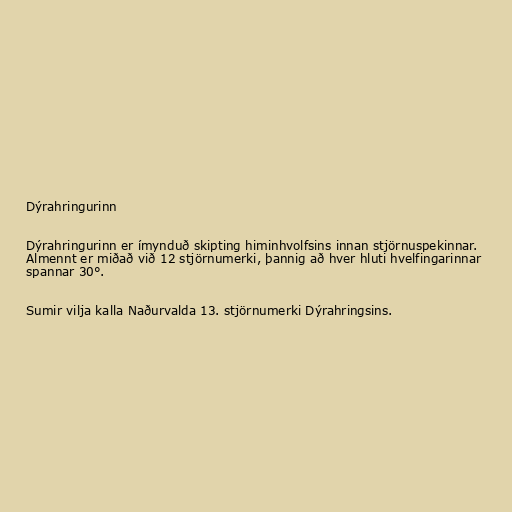
Dýrahringurinn

Dýrahringurinn er ímynduð skipting himinhvolfsins innan stjörnuspekinnar.
Almennt er miðað við 12 stjörnumerki, þannig að hver hluti hvelfingarinnar
spannar 30°.

Sumir vilja kalla Naðurvalda 13. stjörnumerki Dýrahringsins.